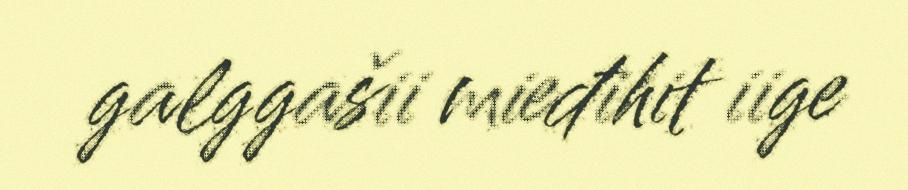
galggašii mieđihit iige